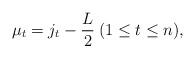
LaTeX: \begin{align*} \mu _t = j_t - \frac{L}{2} \medspace ( 1 \leq t \leq n ),\end{align*}